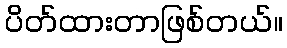
ပိတ်ထားတာဖြစ်တယ်။